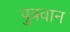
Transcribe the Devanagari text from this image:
पुत्रवान